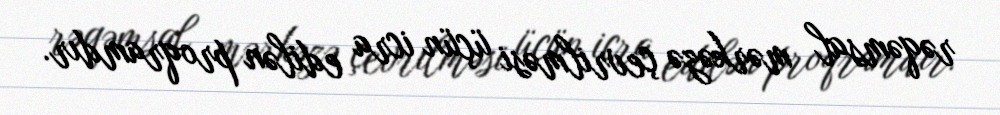
rəqəmsal mərkəzə çevrilməsi üçün icra edilən proqramdır.